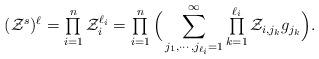
LaTeX: \begin{align*}( \mathcal{Z}^{s}) ^{\ell }=\mathop{\textstyle \prod }\limits_{i=1}^{n}\mathcal{Z}_{i}^{\ell _{i}}=\mathop{\textstyle \prod }\limits_{i=1}^{n}\Big(\sum\limits_{j_{1},\cdots ,j_{\ell _{i}}=1}^{\infty }\mathop{\textstyle\prod }\limits_{k=1}^{\ell _{i}}\mathcal{Z}_{i,j_{k}}g_{j_{k}}\Big).\end{align*}